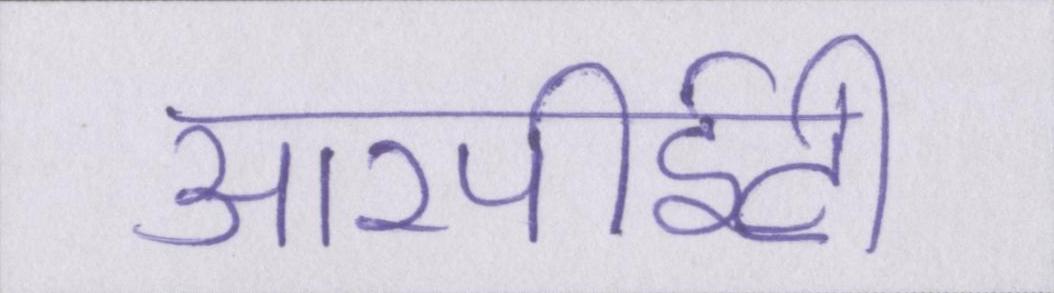
आरपीईटी